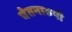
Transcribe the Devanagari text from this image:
चेतनारुपी